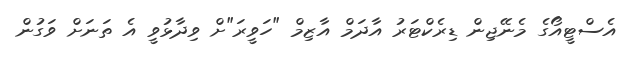
އެސްޓީއޯގެ މެނޭޖިން ޑިރެކްޓަރު އާދަމް އާޒިމް "ހަވީރަ"ށް ވިދާޅުވީ އެ ތަނަށް ވަގުން